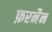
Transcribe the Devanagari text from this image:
फ़रनैन